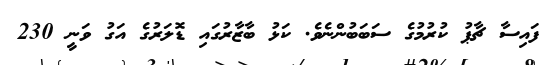
ފައިސާ ޗާޕު ކުރުމުގެ ސަބަބުންނެވެ. ކަޅު ބާޒާރުގައި ޑޮލަރުގެ އަގު ވަނީ 230